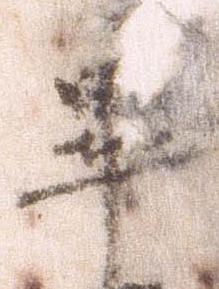
畢